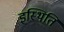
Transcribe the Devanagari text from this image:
इस्थिति